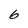
Character: 6